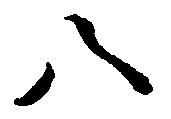
八